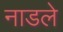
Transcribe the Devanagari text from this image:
नाडले